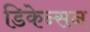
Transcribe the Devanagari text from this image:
डिकेन्सन